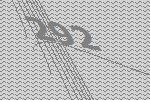
292